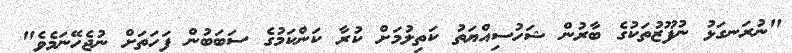
"ނުރަނގަޅު ނުފޫޒުތަކުގެ ބާރުން ޝަހުސިއްޔަތު ކަތިލުމަށް ކުރާ ކަންކަމުގެ ސަބަބުން ފަހަތަށް ނުޖެހޭނަމެވެ"